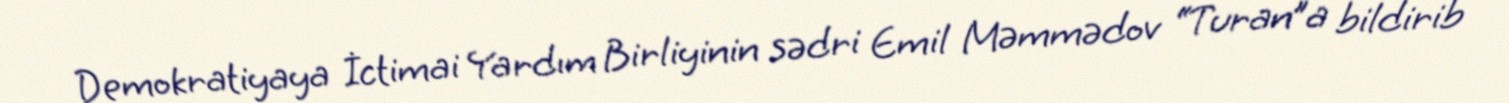
Demokratiyaya İctimai Yardım Birliyinin sədri Emil Məmmədov “Turan”a bildirib